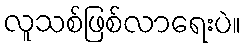
လူသစ်ဖြစ်လာရေးပဲ။